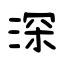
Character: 深